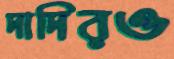
দাদিরও